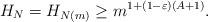
LaTeX: \begin{align*}H_N=H_{N(m)}\geq m^{1+(1-\varepsilon)(A+1)}.\end{align*}